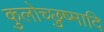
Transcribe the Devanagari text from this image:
कुलोच्छुष्मादि